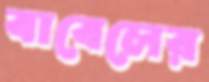
বাবেলের